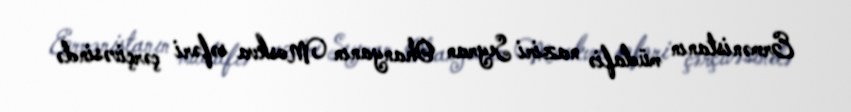
Ermənistanın müdafiə naziri Seyran Ohanyanın Moskva səfəri çərçivəsində